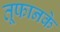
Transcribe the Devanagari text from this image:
तूफानके